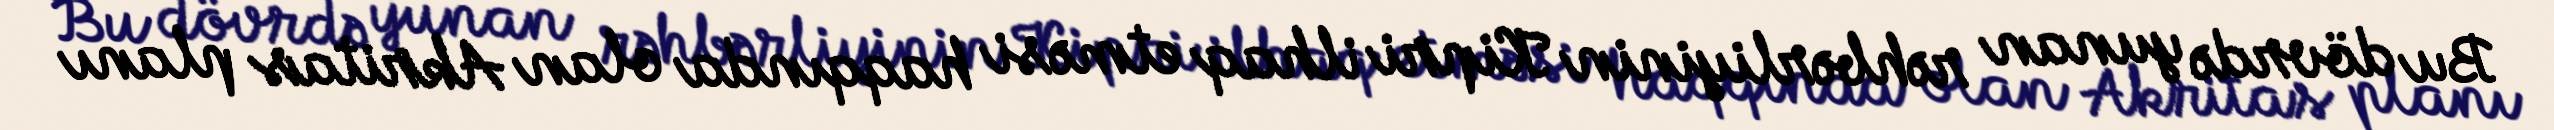
Bu dövrdə yunan rəhbərliyinin Kipri ilhaq etməsi haqqında olan Akritas planı